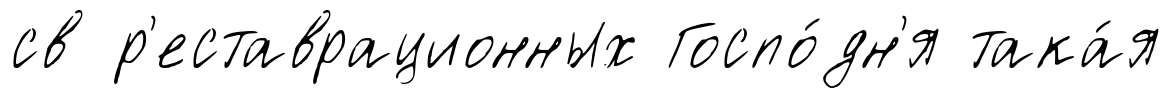
св р'еставрационных Госпо́дн'я така́я